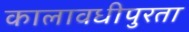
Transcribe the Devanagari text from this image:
कालावधीपुरता